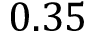
0 . 3 5